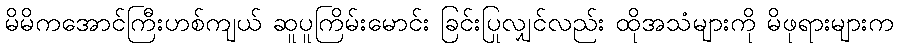
မိမိကအောင်ကြီးဟစ်ကျယ် ဆူပူကြိမ်းမောင်း ခြင်းပြုလျှင်လည်း ထိုအသံများကို မိဖုရားများက